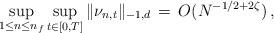
LaTeX: \begin{align*} \sup_{1\leq n\leq n_f}\sup_{t\in [0,T]} \Vert \nu_{n,t}\Vert_{-1,d}\, = \, O( N^{-1/2+2\zeta})\, ,\end{align*}